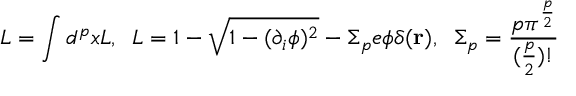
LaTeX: L = \int d ^ { p } x { \cal L } , \; \; { \cal L } = 1 - \sqrt { 1 - ( \partial _ { i } \phi ) ^ { 2 } } - \Sigma _ { p } e \phi \delta ( { \bf r } ) , \; \; \Sigma _ { p } = \frac { p \pi ^ { \frac { p } { 2 } } } { ( \frac { p } { 2 } ) ! }